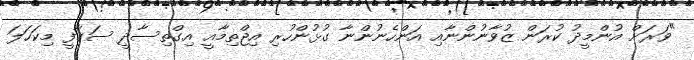
"ވަރަށް އުންމީދު ކުރަން ޒުވާނުންނާއި އަންހެނުންނާ ގުޅުންހުރި އިޖްތިމާއީ އިގްތިސާދީ ސަގާފީ މިކަހަލަ